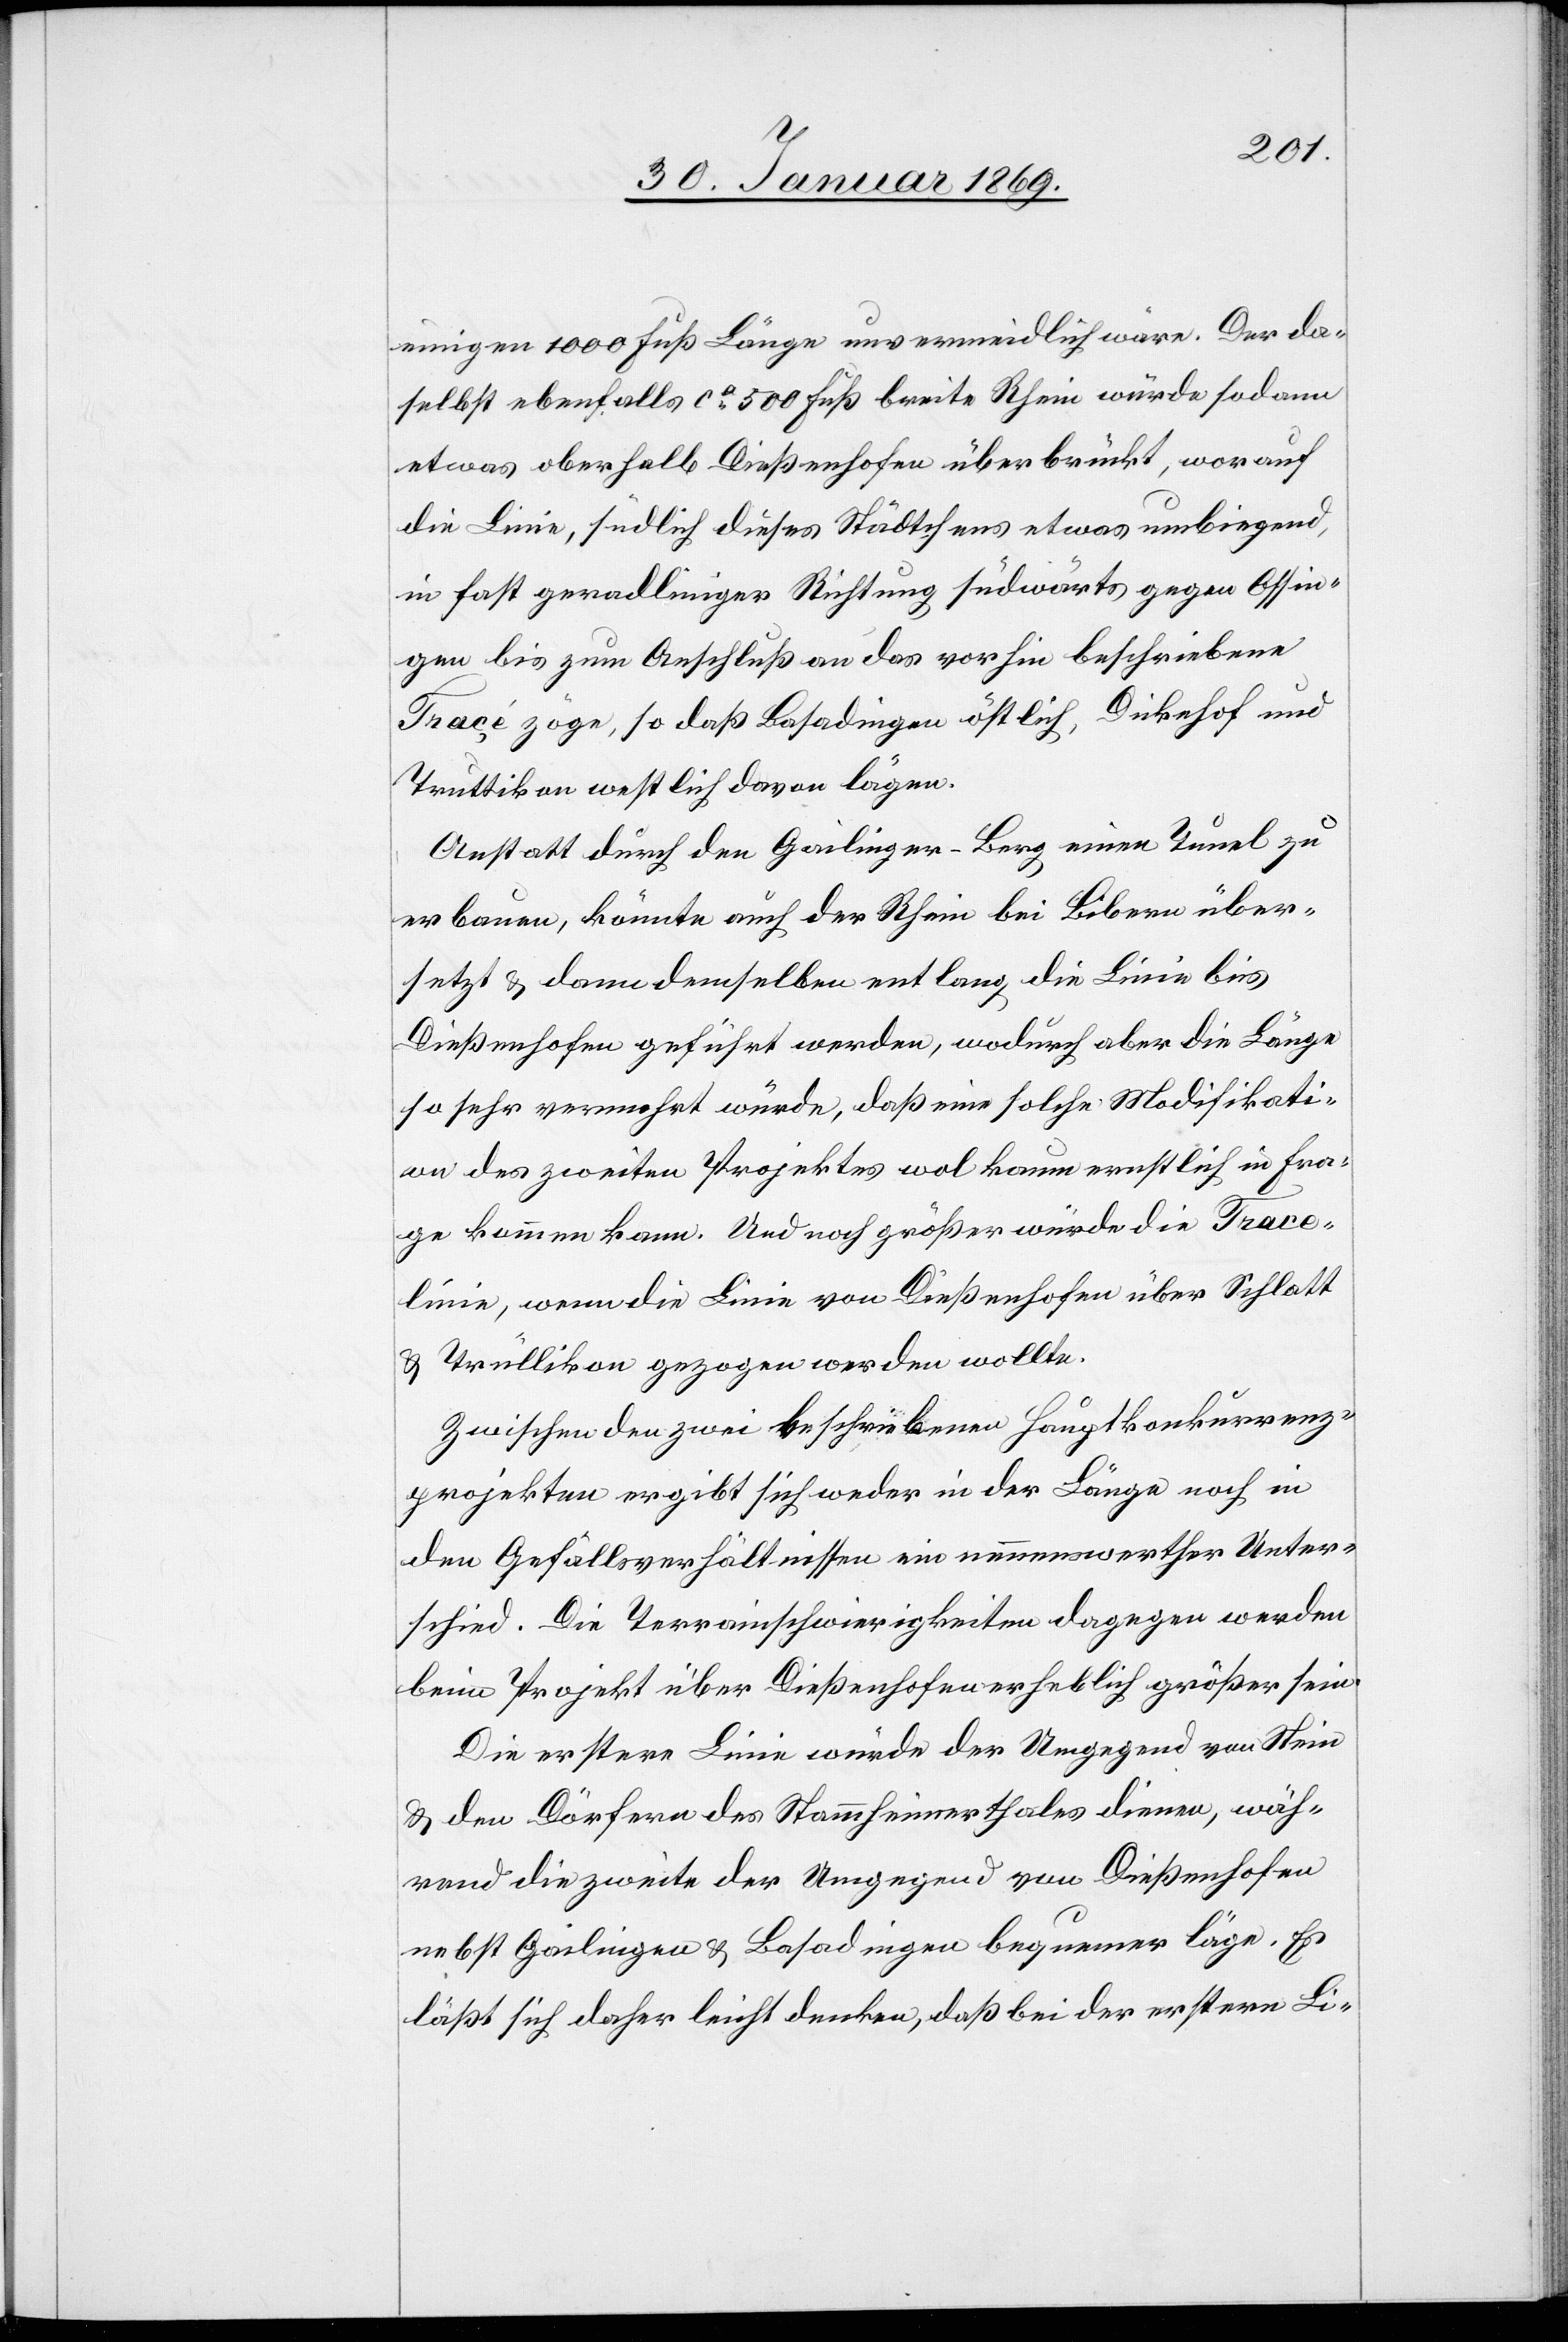
einigen 1000 Fuß unvermeidlich wäre. Der da¬
selbst ebenfalls ca 500 Fuß breite Rhein würde sodann
etwas oberhalb Dießenhofen überbrückt, worauf
die Linie, südlich dieses Städtchens etwas umbiegend,
in fast geradliniger Richtung südwärts gegen Ossin¬
gen bis zum Anschluß an das vorhin beschriebene
Tracé zöge, so daß Basadingen östlich, Dickehof und
Truttikon westlich davon lägen.
Anstatt durch den Gailinger-Berg einen Tunnel zu
erbauen, könnte auch der Rhein bei Bibern über¬
setzt u. dann demselben entlang, die Linie bis
Dießenhofen geführt werden, wodurch aber die Länge
so sehr vermehrt würde, daß eine solche Modifikati¬
on des zweiten Projektes wol kaum ernstlich in Fra¬
ge kommen kann. Und noch größer würde die Tracé¬
linie, wenn die Linie von Dießenhofen über Schlatt
u. Trüllikon gezogen werden wollte.
Zwischen den zwei beschriebenen Hauptkonkurrenz¬
projekten ergibt sich weder in der Länge noch in
den Gefällsverhältnissen ein nennenswerther Unter¬
schied. Die Terrainschwierigkeiten dagegen werden
beim Projekt über Dießenhofen erheblich größer sein.
Die erstere Linie würde der Umgegend von Stein
u. den Dörfern des Stammheimthales dienen, wäh¬
rend die zweite der Umgegend von Dießenhofen
nebst Gailingen u. Basadingen bequemer läge. Es
läßt sich daher leicht denken, daß bei der erstern Li-